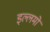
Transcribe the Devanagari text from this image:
इल्लमों